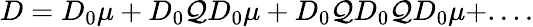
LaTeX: D=D_{0}\mu+D_{0}{\mathcal Q}D_{0}\mu+D_{0}{\mathcal Q}D_{0}{\mathcal Q}D_{0}\mu+....